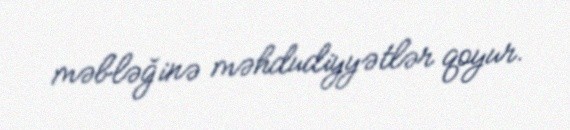
məbləğinə məhdudiyyətlər qoyur.